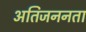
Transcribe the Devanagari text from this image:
अतिजननता